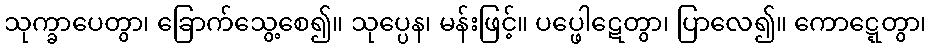
သုက္ခာပေတွာ၊ ခြောက်သွေ့စေ၍။ သုပ္ပေန၊ မန်းဖြင့်။ ပပ္ဖေါဋေတွာ၊ ပြာလေ၍။ ကောဋ္ဋေတွာ၊